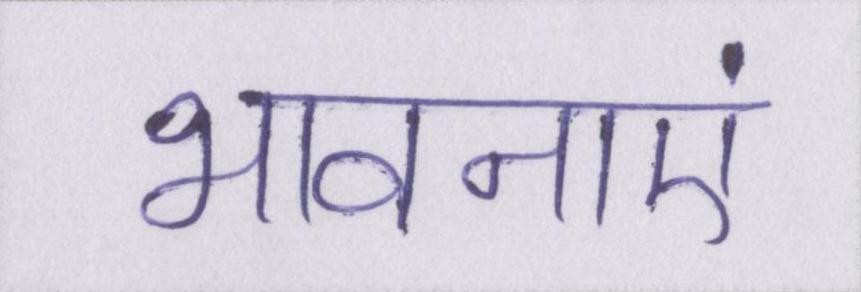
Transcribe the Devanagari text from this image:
भावनाएं